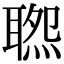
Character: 𦖹